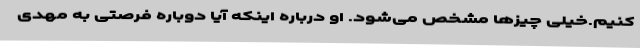
کنیم.خیلی چیزها مشخص می‌شود. او درباره اینکه آیا دوباره فرصتی به مهدی